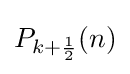
P_{k+{\frac {1}{2}}}(n)